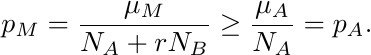
		\begin{equation*}
			p_M = \frac{\mu_M}{N_A + r N_B} \ge \frac{\mu_A}{N_A} = p_A\text{.}
		\end{equation*}